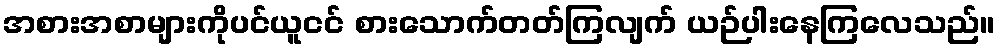
အစားအစာများကိုပင်ယူငင် စားသောက်တတ်ကြလျက် ယဉ်ပါးနေကြလေသည်။